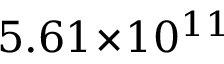
5 . 6 1 \! \times \! 1 0 ^ { 1 1 }